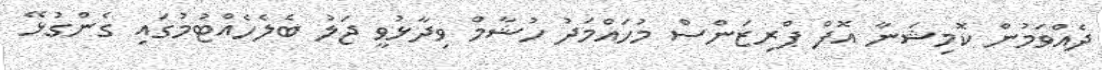
ދެއްވަމުން ކޮމިޝަނާ އޮފް ޕްރިޒަންސް މުހައްމަދު ހުޝާމް ވިދާޅުވީ ޖަލު ބެލެހެއްޓުމުގައި ގެންގުޅޭ